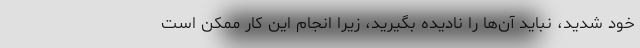
خود شدید، نباید آن‌ها را نادیده بگیرید، زیرا انجام این کار ممکن است